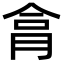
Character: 𦚶